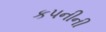
કપનીની